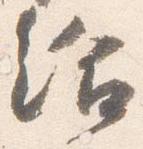
給